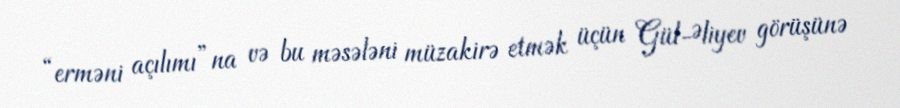
“erməni açılımı”na və bu məsələni müzakirə etmək üçün Gül-Əliyev görüşünə